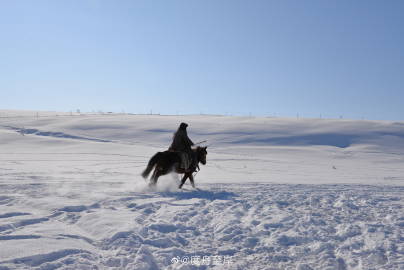
辔摇衔铁。蹴踏平原雪。